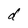
Character: d